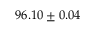
9 6 . 1 0 \pm 0 . 0 4